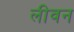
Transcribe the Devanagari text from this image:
लीवन